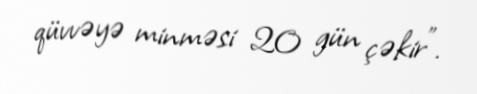
qüvvəyə minməsi 20 gün çəkir”.